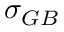
\sigma _ { G B }